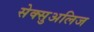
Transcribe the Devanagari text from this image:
सेक्सुअलिज